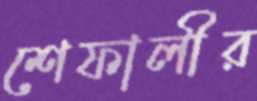
শেফালীর